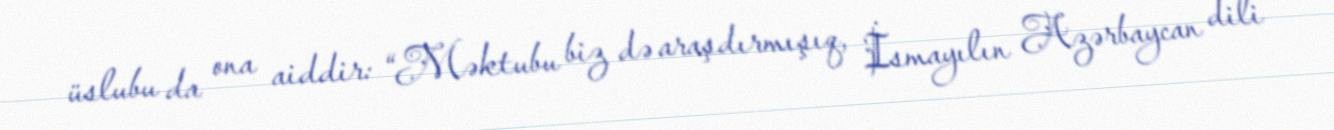
üslubu da ona aiddir: “Məktubu biz də araşdırmışıq, İsmayılın Azərbaycan dili